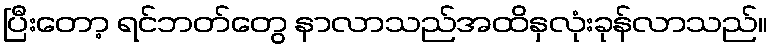
ပြီးတော့ ရင်ဘတ်တွေ နာလာသည်အထိနှလုံးခုန်လာသည်။